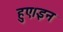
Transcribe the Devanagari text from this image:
हुए।इन